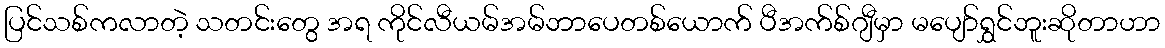
ပြင်သစ်ကလာတဲ့ သတင်းတွေ အရ ကိုင်လီယမ်အမ်ဘာပေတစ်ယောက် ပီအက်စ်ဂျီမှာ မပျော်ရွှင်ဘူးဆိုတာဟာ